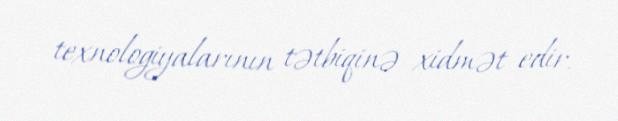
texnologiyalarının tətbiqinə xidmət edir.